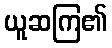
ယူဆကြ၏